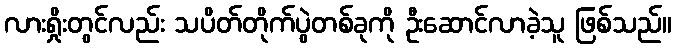
လားရှိုးတွင်လည်း သပိတ်တိုက်ပွဲတစ်ခုကို ဦးဆောင်လာခဲ့သူ ဖြစ်သည်။